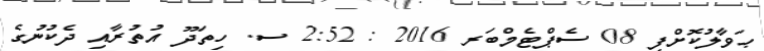
ޙަވާލުކޮށްފި 08 ސެޕްޓެމްބަރ 2016 : 2:52 ސ. ހިތަދޫ އުތުރާއި ދެކުނުގެ